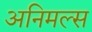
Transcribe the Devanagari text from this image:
अनिमल्स